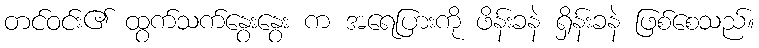
တင်ဝင်း၏ ထွက်သက်နွေးနွေး က အရေပြားကို ဖိန်းခနဲ ရှိန်းခနဲ ဖြစ်စေသည်။